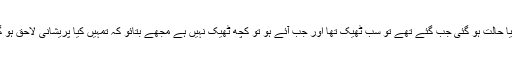
یہ کیا حالت ہو گئی جب گئے تھے تو سب ٹھیک تھا اور جب آئے ہو تو کچھ ٹھیک نہیں ہے مجھے بتائو کہ تمہیں کیا پریشانی لاحق ہو گئی؟